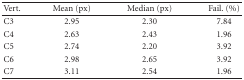
<table><thead><tr><td><b> Vert.</b></td><td><b> Mean (px)</b></td><td><b> Median (px)</b></td><td><b> Fail. (%)</b></td></tr></thead><tbody><tr><td> C3</td><td> 2.95</td><td> 2.30</td><td> 7.84</td></tr><tr><td>C4</td><td> 2.63</td><td> 2.43</td><td> 1.96</td></tr><tr><td>C5</td><td> 2.74</td><td> 2.20</td><td> 3.92</td></tr><tr><td>C6</td><td> 2.98</td><td> 2.65</td><td> 3.92</td></tr><tr><td>C7</td><td> 3.11</td><td> 2.54</td><td> 1.96</td></tr></tbody></table>